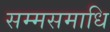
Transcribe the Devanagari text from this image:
सम्मसमाधि